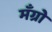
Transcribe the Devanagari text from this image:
मँग्रो